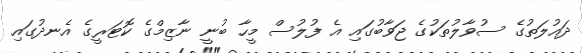
ދައުލަތުގެ ސުވާލުތަކުގެ ޖަވާބުގައި އެ ފުލުސް މީހާ ބުނީ ނާޒިމްގެ ކޮޓަރީގެ އެނދުގައި